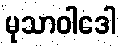
မုသာဝါဒေါ